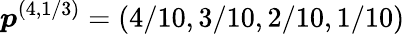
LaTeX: \boldsymbol{p}^{(4,1/3)}=(4/10,3/10,2/10,1/10)